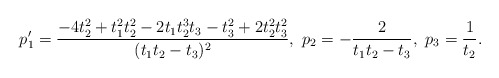
\begin{align*}p_1'=\frac{-4t_2^2+t_1^2t_2^2-2t_1t_2^3t_3-t_3^2+2t_2^2t_3^2}{(t_1t_2-t_3)^2},\ p_2=-\frac{2}{t_1t_2-t_3},\ p_3=\frac{1}{t_2}.\end{align*}